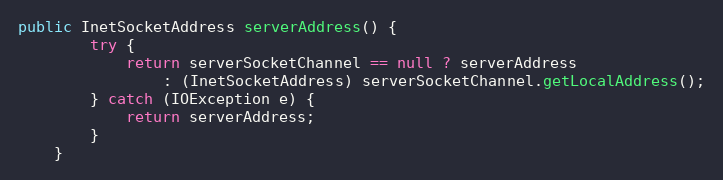
Language: Java
public InetSocketAddress serverAddress() {
        try {
            return serverSocketChannel == null ? serverAddress
                : (InetSocketAddress) serverSocketChannel.getLocalAddress();
        } catch (IOException e) {
            return serverAddress;
        }
    }